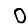
Digit: 0